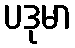
ပဒုမာ